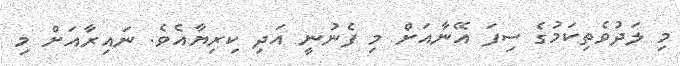
މި ލަދުވެތިކަމުގެ ސިފަ އޭނާއަށް މި ފެނުނީ އަދި ކިރިޔާއެވެ. ނައިރާއަށް މި